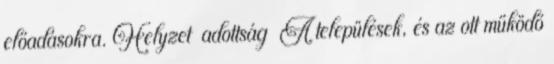
előadásokra. Helyzet adottság ▪A települések, és az ott működő